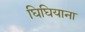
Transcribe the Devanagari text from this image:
घिघियाना